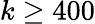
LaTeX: k\geq 400